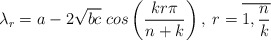
\begin{align*}\lambda_r=a-2\sqrt{bc}\;cos\left(\frac{kr\pi}{n+k} \right), \; r=\overline{1,\frac{n}{k}} \end{align*}